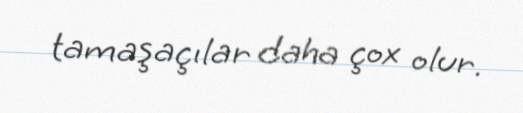
tamaşaçılar daha çox olur.